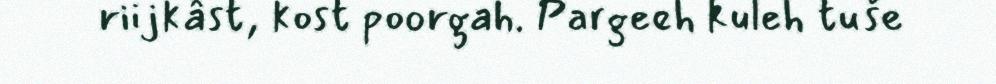
riijkâst, kost poorgah. Pargeeh kuleh tuše